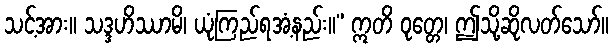
သင့်အား။ သဒ္ဒဟိဿာမိ၊ ယုံကြည်ရအံ့နည်း။” ဣတိ ဝုတ္တေ၊ ဤသို့ဆိုလတ်သော်။